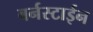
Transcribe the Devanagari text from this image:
बर्नस्टाईन